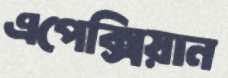
এপেক্সিয়ান